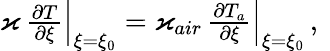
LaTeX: \begin{array}{r}{\varkappa\, \frac{\partial T}{\partial{\xi}}\Big\vert_{\xi=\xi_{0}}=\varkappa_{air}\, \frac{\partial{{T}_{a}}}{\partial{\xi}}\Big\vert_{\xi=\xi_{0}}\, ,\ }\end{array}